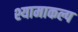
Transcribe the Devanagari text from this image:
श्यामाकल्प